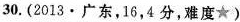
30. (2013 · 广东，16，4分，难度★)